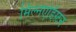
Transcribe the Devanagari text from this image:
मिल्नएडिंग्टन